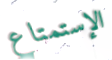
الإستمتاع